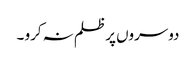
دوسروں پر ظلم نہ کرو ۔